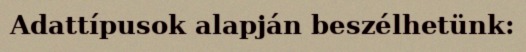
Adattípusok alapján beszélhetünk: